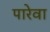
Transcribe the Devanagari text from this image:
पारेवा